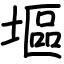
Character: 塸